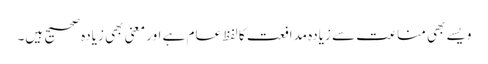
ویسے بھی مناعت سے زیادہ مدافعت کا لفظ عام ہے اور معنی بھی زیادہ صحیح ہیں۔